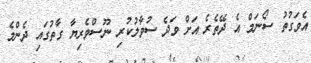
އެވަގުތު ސޯނަމް އެ ދޭތެރެ އަށް ވަދެ ސުވާލުކުރި ނޫސްވެރިޔާ ގާތުގައި ދެންމެ